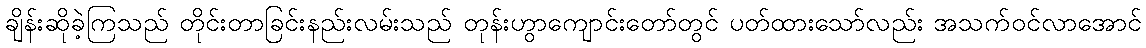
ချိန်းဆိုခဲ့ကြသည် တိုင်းတာခြင်းနည်းလမ်းသည် တုန်းဟွာကျောင်းတော်တွင် ပတ်ထားသော်လည်း အသက်ဝင်လာအောင်